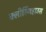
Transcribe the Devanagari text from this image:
क्लीरिंगहाउस